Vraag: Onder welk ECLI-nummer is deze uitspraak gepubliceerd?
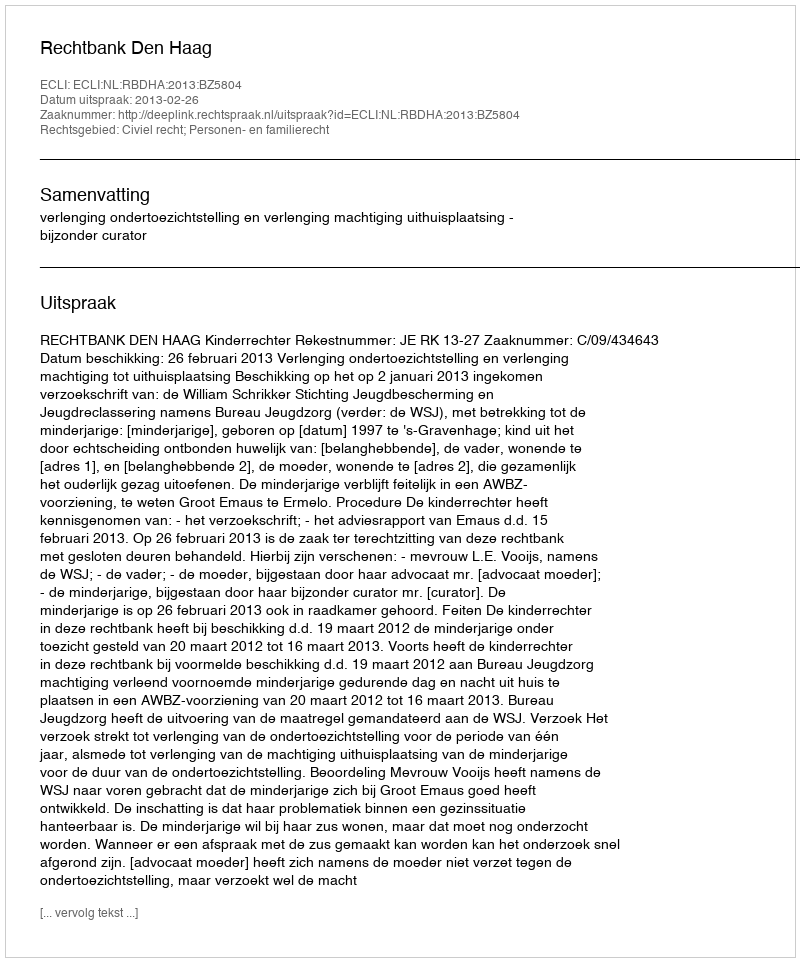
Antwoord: ECLI:NL:RBDHA:2013:BZ5804